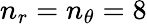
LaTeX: n_{r}=n_{\theta}=8